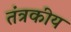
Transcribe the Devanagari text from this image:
तंत्रकीय